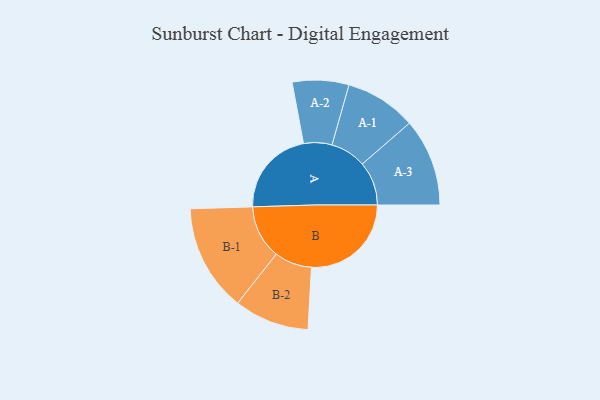
{"axis": {"x": "Segment", "y": "Value"}, "legend": ["", "A", "B"], "data": [{"x": "A", "y": 329, "type": ""}, {"x": "B", "y": 378, "type": ""}, {"x": "A-1", "y": 135, "type": "A"}, {"x": "A-2", "y": 107, "type": "A"}, {"x": "A-3", "y": 166, "type": "A"}, {"x": "B-1", "y": 203, "type": "B"}, {"x": "B-2", "y": 142, "type": "B"}]}